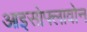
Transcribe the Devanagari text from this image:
आइसोफ्लावोन